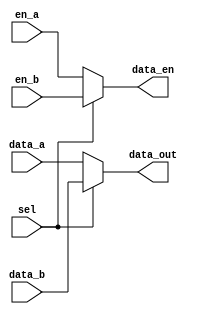
module flag_ct_sel(
	input sel,	
	
	input en_a,	
	input [15:0]data_a,
	
	input en_b,	
	input [15:0]data_b,
	
	output data_en,
	output [15:0]data_out
	);

assign data_en = (sel==1'b0)?en_a:en_b;
assign data_out = (sel==1'b0)?data_a:data_b;


endmodule